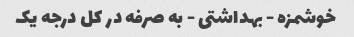
خوشمزه - بهداشتی - به صرفه در کل درجه یک